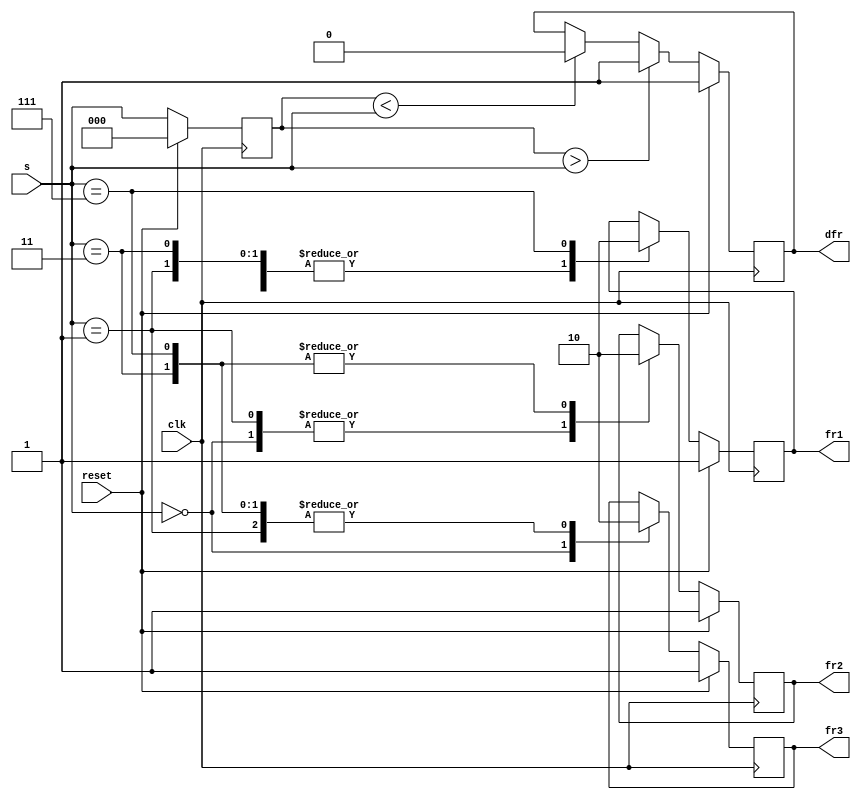
module top_module (
    input clk,
    input reset,
    input [3:1] s,
    output fr3,
    output fr2,
    output fr1,
    output dfr
); 
    reg [3:1] previous;
    always @(posedge clk) begin
        if (reset) begin
            dfr <= 1;
            fr3 <= 1;
            fr2 <= 1;
            fr1 <= 1;
            previous <= {3{1'b0}};
        end
        else begin
			case (s[3:1])
    	        3'h0 : begin fr1 <= 1; fr2 <= 1; fr3 <= 1; end
	    	    3'h1 : begin fr1 <= 1; fr2 <= 1; fr3 <= 0; end
    	    	3'h3 : begin fr1 <= 1; fr2 <= 0; fr3 <= 0; end
        	    3'h7 : begin fr1 <= 0; fr2 <= 0; fr3 <= 0; end
		    endcase
            if (previous > s[3:1]) begin
    	        dfr <= 1;
        	    //fr3 = 0;
            	//fr2 = 0;
	            //fr1 = 0;
    	    end
            else if (previous < s[3:1]) begin
    	        dfr <= 0;
    		end
            previous <= s[3:1];
    	end
    end

endmodule